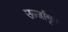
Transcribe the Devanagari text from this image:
ऊर्जागृह